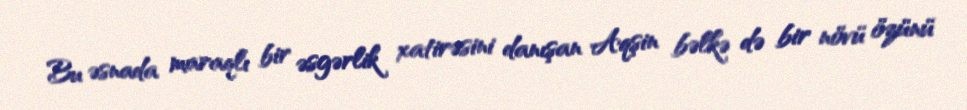
Bu əsnada maraqlı bir əsgərlik xatirəsini danışan Aqşin bəlkə də bir növü özünü